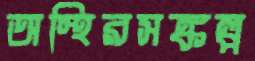
অস্থিরসঙ্কল্প